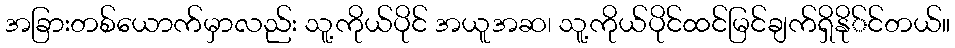
အခြားတစ်ယောက်မှာလည်း သူ့ကိုယ်ပိုင် အယူအဆ၊ သူ့ကိုယ်ပိုင်ထင်မြင်ချက်ရှိနို်င်တယ်။